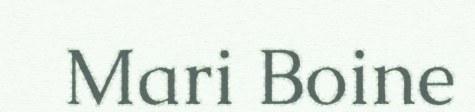
Mari Boine